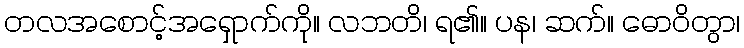
တလအစောင့်အရှောက်ကို။ လဘတိ၊ ရ၏။ ပန၊ ဆက်။ ဓောဝိတွာ၊